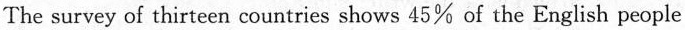
The survey of thirteen countries shows 45% of the English people